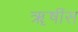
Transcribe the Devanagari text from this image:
ॠषींस